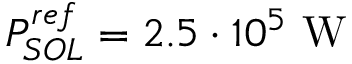
P _ { S O L } ^ { r e f } = 2 . 5 \cdot 1 0 ^ { 5 } ~ \mathrm { W }